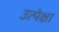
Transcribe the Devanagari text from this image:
उत्पेक्षा